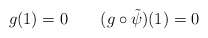
\begin{align*}g(1)=0\qquad(g \circ \tilde{\psi})(1)=0\end{align*}